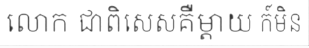
លោក ជាពិសេសគឺម្តាយ ក៍មិន